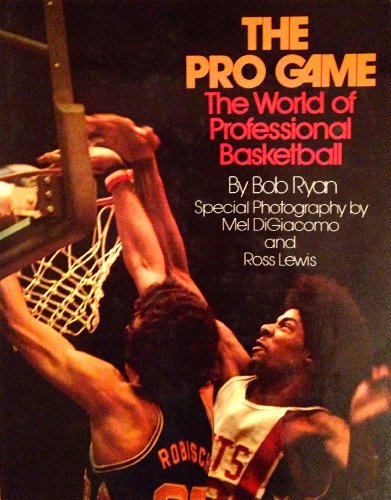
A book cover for The pro game: The world of professional basketball; Bob Ryan; Sports & Outdoors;